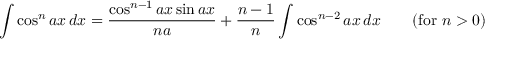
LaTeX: \int \cos ^ { n } a x \, d x = { \frac { \cos ^ { n - 1 } a x \sin a x } { n a } } + { \frac { n - 1 } { n } } \int \cos ^ { n - 2 } a x \, d x \qquad { \mathrm { ( f o r ~ } } n > 0 { \mathrm { ) } }